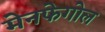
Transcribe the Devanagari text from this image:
मेनफेगोल